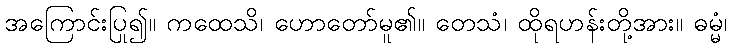
အကြောင်းပြု၍။ ကထေသိ၊ ဟောတော်မူ၏။ တေသံ၊ ထိုရဟန်းတို့အား။ ဓမ္မံ၊